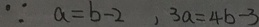
\because a = b - 2 , 3 a = 4 b - 3